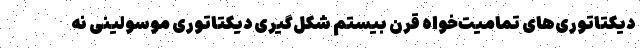
دیکتاتوری‌های تمامیت‌خواه قرن بیستم شکل‌گیری دیکتاتوری موسولینی نه